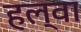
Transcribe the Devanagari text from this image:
हल्वा